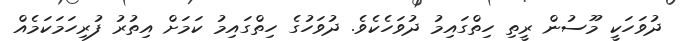
ދުވަހަކީ މޫސުން ރީތި ހިތްގައިމު ދުވަހެކެވެ. ދުވަހުގެ ހިތްގައިމު ކަމަށް އިތުރު ފުރިހަމަކަމެއް